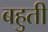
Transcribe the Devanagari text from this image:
बहुती